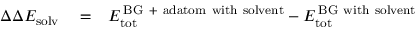
\begin{array} { r l r } { \Delta \Delta E _ { \mathrm { s o l v } } } & { { } = } & { E _ { \mathrm { t o t } } ^ { \mathrm { \, B G \ + \ a d a t o m \ w i t h \ s o l v e n t } } - E _ { \mathrm { t o t } } ^ { \mathrm { \, B G \ w i t h \ s o l v e n t } } } \end{array}